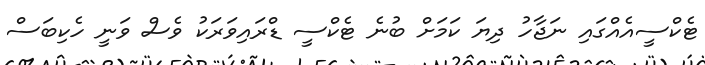
ޓެކްސީއެއްގައި ނަޖާހު ދިޔަ ކަމަށް ބުނެ ޓެކްސީ ޑްރައިވަރަކު ވެސް ވަނީ ހެކިބަސް